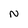
Character: N